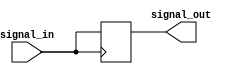
module transmission_gate_delay(
    input wire signal_in,
    output wire signal_out
);

reg signal_delay;

assign signal_out = signal_delay;

always @ (posedge signal_in) begin
    #1 signal_delay <= signal_in;
end

endmodule